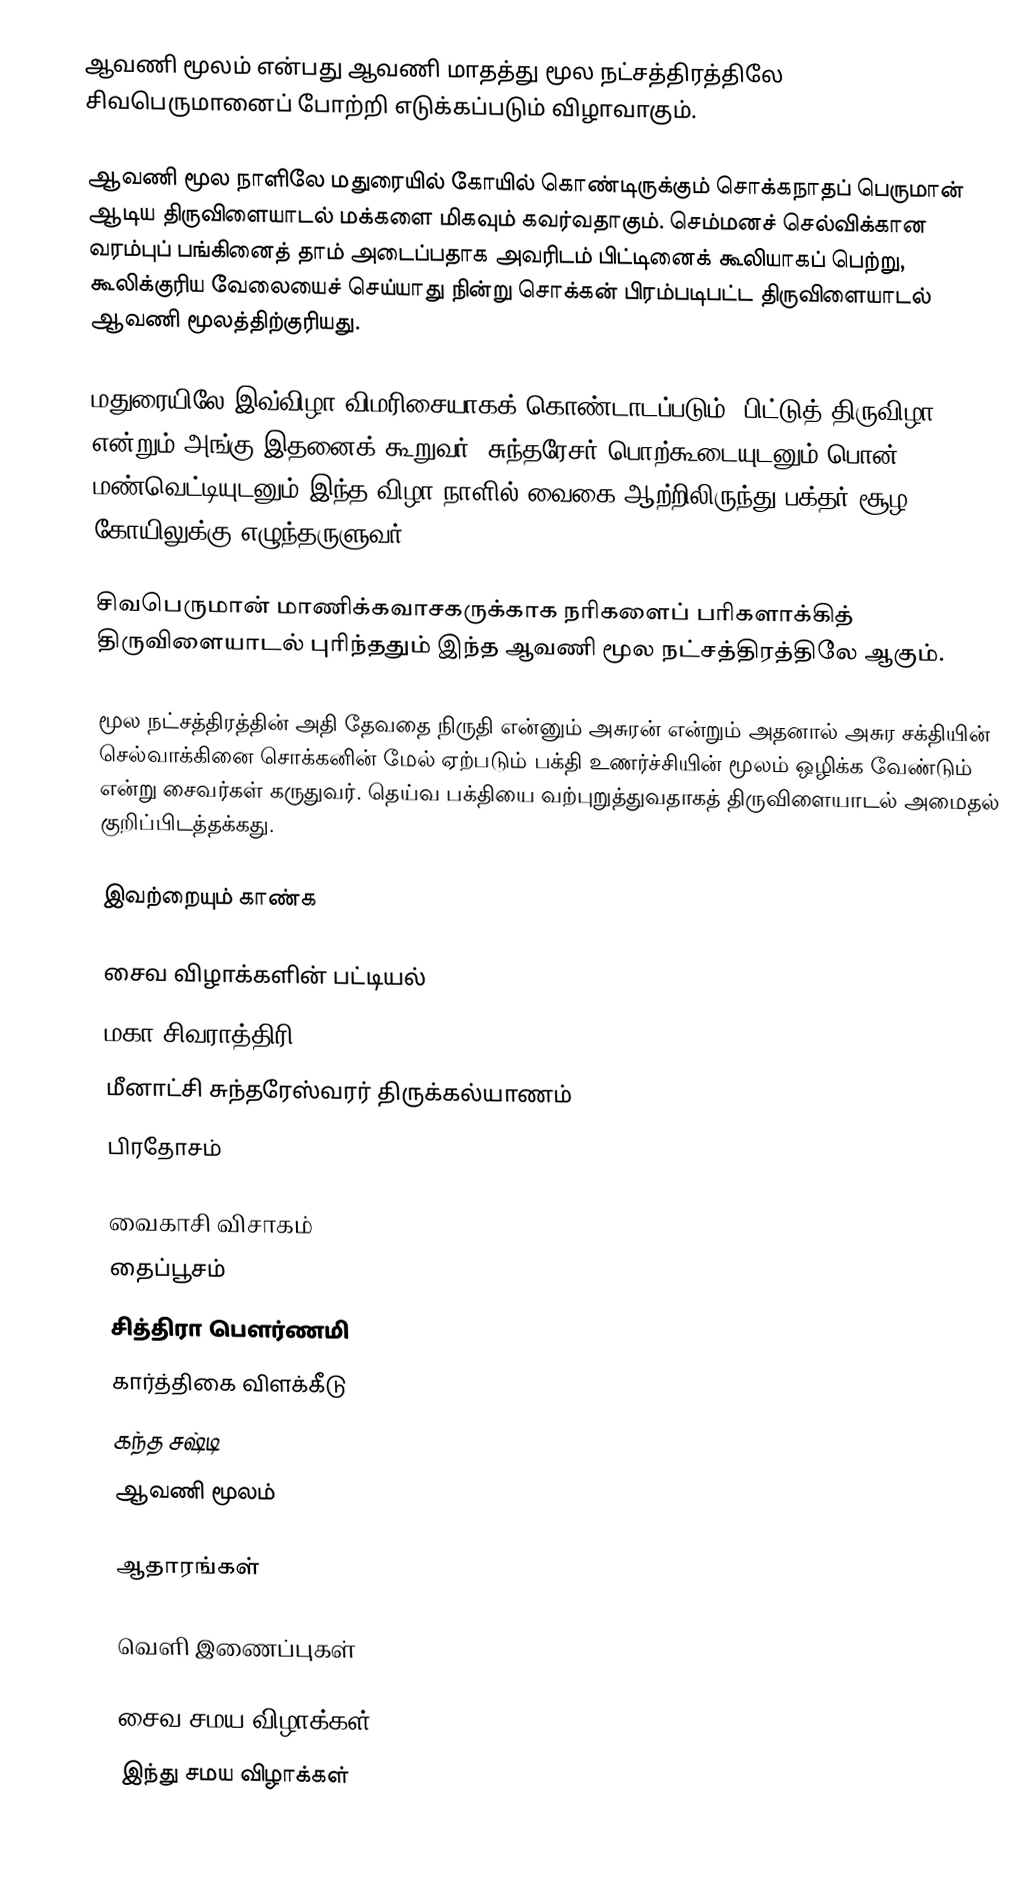
ஆவணி மூலம் என்பது ஆவணி மாதத்து மூல நட்சத்திரத்திலே சிவபெருமானைப் போற்றி எடுக்கப்படும் விழாவாகும்.

ஆவணி மூல நாளிலே மதுரையில் கோயில் கொண்டிருக்கும் சொக்கநாதப் பெருமான் ஆடிய திருவிளையாடல் மக்களை மிகவும் கவர்வதாகும். செம்மனச் செல்விக்கான வரம்புப் பங்கினைத் தாம் அடைப்பதாக அவரிடம் பிட்டினைக் கூலியாகப் பெற்று, கூலிக்குரிய வேலையைச் செய்யாது நின்று சொக்கன் பிரம்படிபட்ட திருவிளையாடல் ஆவணி மூலத்திற்குரியது.

மதுரையிலே இவ்விழா விமரிசையாகக் கொண்டாடப்படும். பிட்டுத் திருவிழா என்றும் அங்கு இதனைக் கூறுவர். சுந்தரேசர் பொற்கூடையுடனும் பொன் மண்வெட்டியுடனும் இந்த விழா நாளில் வைகை ஆற்றிலிருந்து பக்தர் சூழ கோயிலுக்கு எழுந்தருளுவர்.

சிவபெருமான் மாணிக்கவாசகருக்காக நரிகளைப் பரிகளாக்கித் திருவிளையாடல் புரிந்ததும் இந்த ஆவணி மூல நட்சத்திரத்திலே ஆகும்.

மூல நட்சத்திரத்தின் அதி தேவதை நிருதி என்னும் அசுரன் என்றும் அதனால் அசுர சக்தியின் செல்வாக்கினை சொக்கனின் மேல் ஏற்படும் பக்தி உணர்ச்சியின் மூலம் ஒழிக்க வேண்டும் என்று சைவர்கள் கருதுவர். தெய்வ பக்தியை வற்புறுத்துவதாகத் திருவிளையாடல் அமைதல் குறிப்பிடத்தக்கது.

இவற்றையும் காண்க

 சைவ விழாக்களின் பட்டியல்
 மகா சிவராத்திரி
 மீனாட்சி சுந்தரேஸ்வரர் திருக்கல்யாணம்
 பிரதோசம்

 வைகாசி விசாகம்
 தைப்பூசம்
 சித்திரா பௌர்ணமி
 கார்த்திகை விளக்கீடு
 கந்த சஷ்டி
 ஆவணி மூலம்

ஆதாரங்கள்

வெளி இணைப்புகள்

சைவ சமய விழாக்கள்
இந்து சமய விழாக்கள்